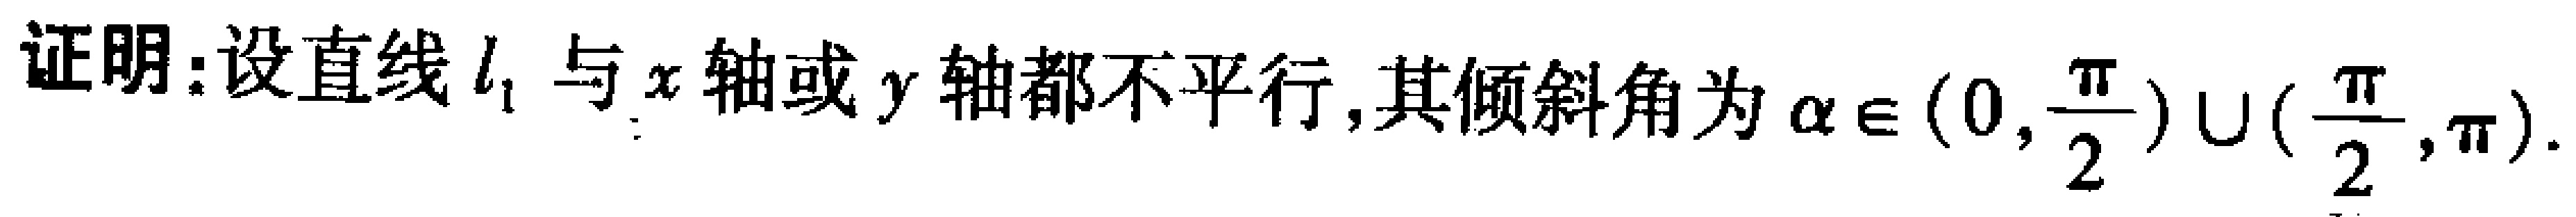
证明:设直线\(l_{1}\)与\(x\)轴或\(y\)轴都不平行,其倾斜角为\(\alpha\in(0,\frac{\pi}{2})\cup(\frac{\pi}{2},\pi)\).